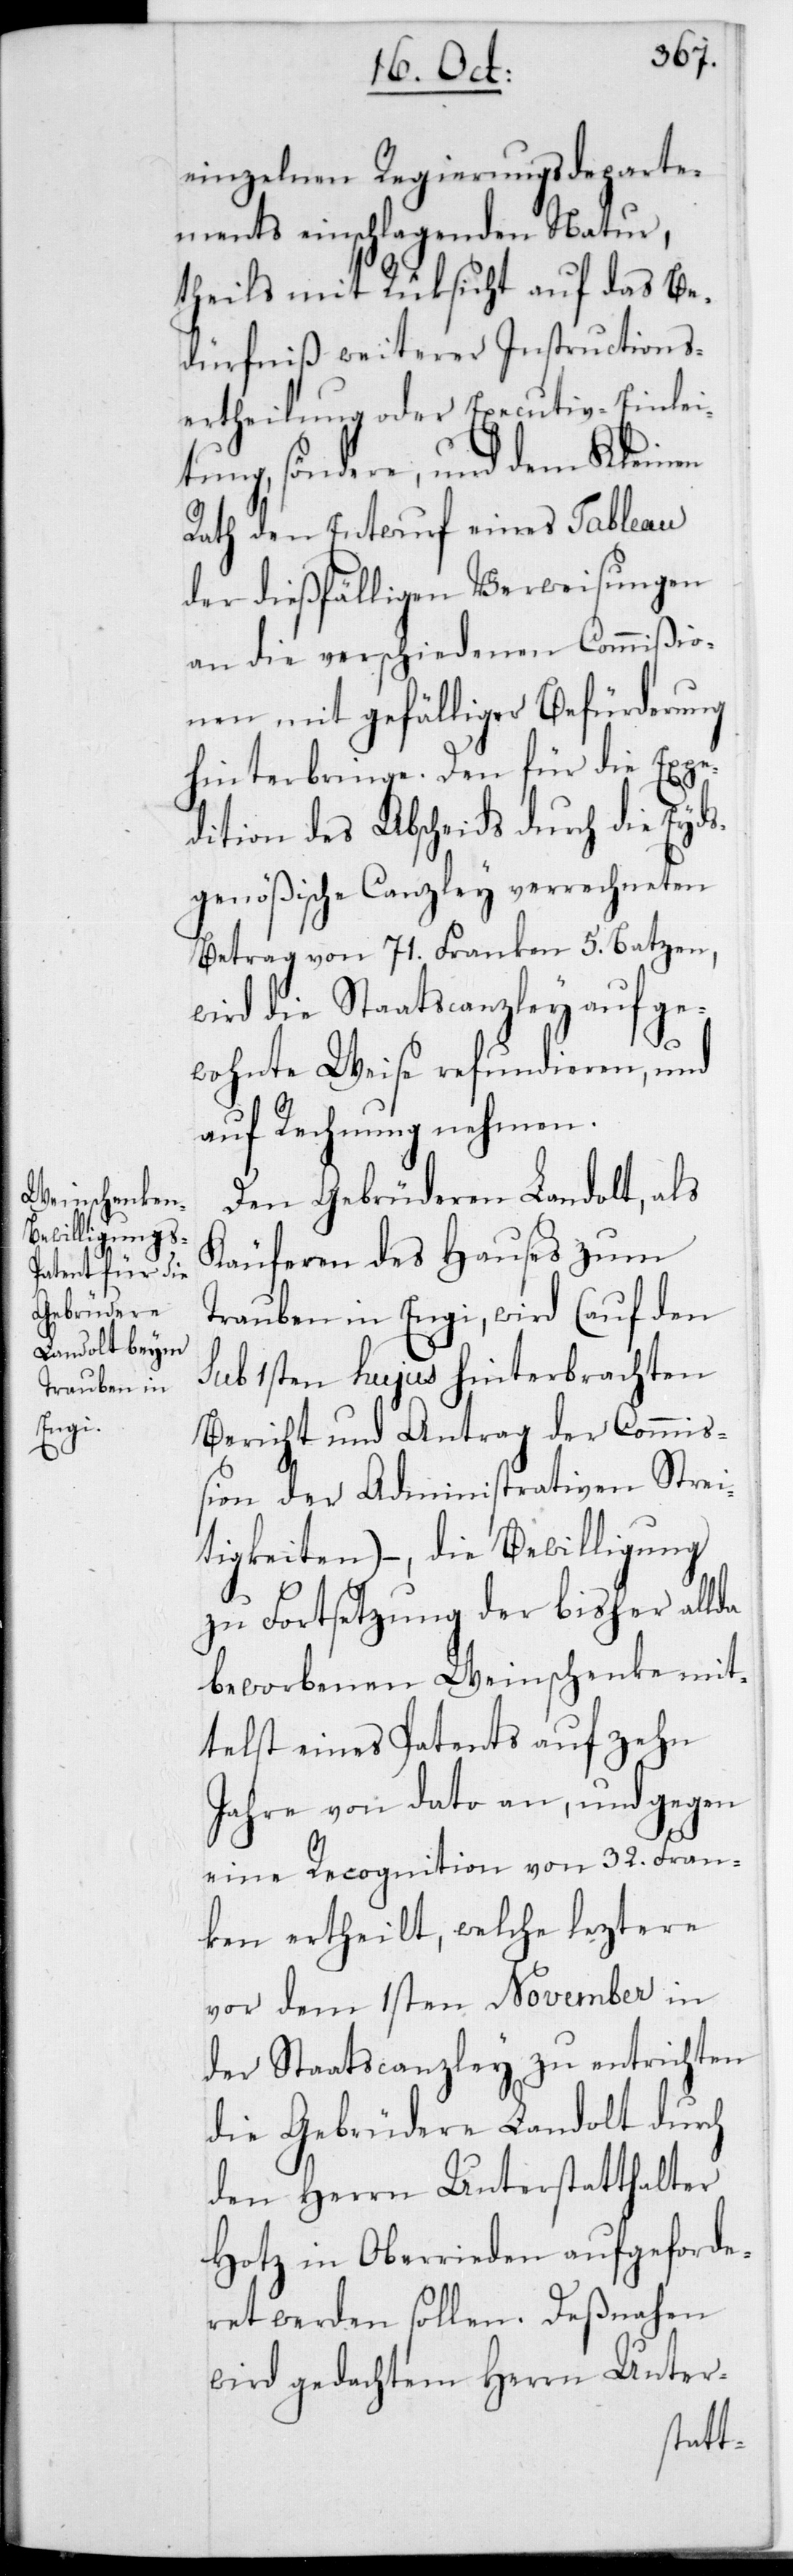
einzelnen Regierungsdeparte¬
ments einschlagenden Natur,
theils mit Rücksicht auf das Be¬
dürfniß weiterer Instructions¬
ertheilung oder Executiv-Einlei¬
tung, söndere, und dem Kleinen
Rath den Entwurf eines Tableau
der dießfälligen Verweisungen
an die verschiedenen Commißio¬
nen mit gefälliger Befürderung
hinterbringe. Den für die Expe¬
dition des Abscheids durch die eyds¬
genößische Canzley verrechneten
Betrag von 71 Franken 5 Batzen,
wird die Staatscanzley auf ge¬
wohnte Weise refundieren und
auf Rechnung nehmen.
Den Gebrüderen Landolt, als
Käuferen des Hauses zum
Trauben in Engi, wird (auf den
sub 1sten hujus hinterbrachten
Bericht und Antrag der Commiß¬
ion der Administrativen Strei¬
tigkeiten), – die Bewilligung
zu Fortsetzung der bisher allda
beworbenen Weinschenke mit¬
telst eines Patents auf zehn
Jahre von Dato an, und gegen
eine Recognition von 32 Fran¬
ken ertheilt, welche leztere
vor dem 1sten November in
der Staatscanzley zu entrichten
die Gebrüdere Landolt durch
den Herrn Unterstatthalter
Hotz in Oberrieden aufgeforde¬
ret werden sollen. Deßnahen
wird gedachtem Herrn Unter-